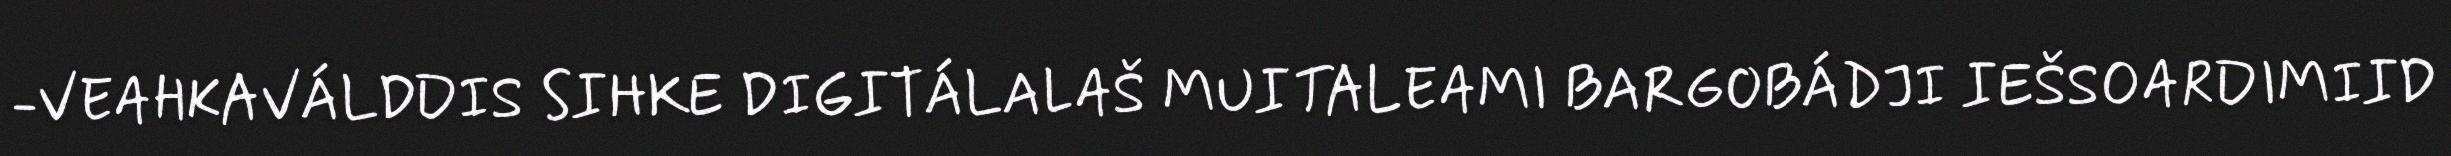
-VEAHKAVÁLDDIS SIHKE DIGITÁLALAŠ MUITALEAMI BARGOBÁDJI IEŠSOARDIMIID